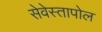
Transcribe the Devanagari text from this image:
सेवेस्तापोल